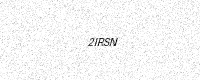
Text: 2IRSN